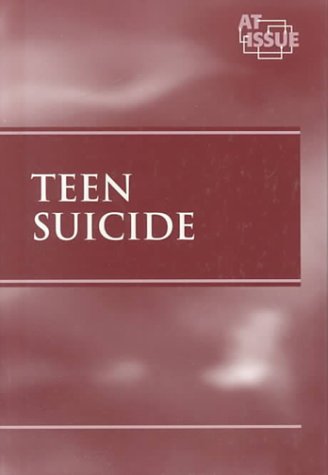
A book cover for Teen Suicide (At Issue); Tamara L. Roleff; Teen & Young Adult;